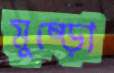
মুষ্‌ড়ো